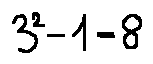
3 ^ { 2 } - 1 = 8